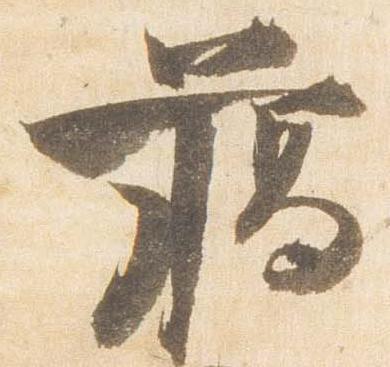
臈